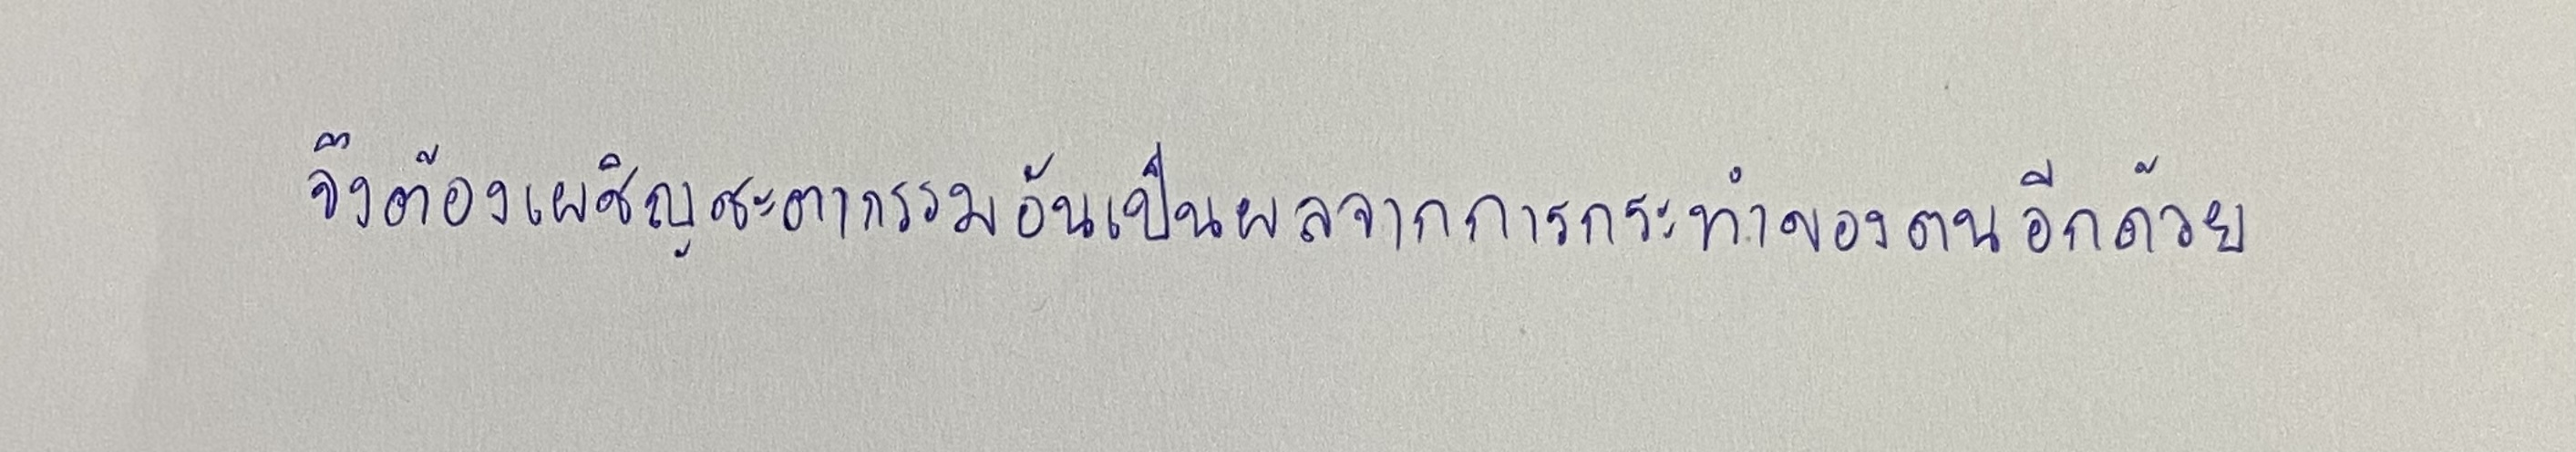
จึงต้องเผชิญชะตากรรมอันเป็นผลจากการกระทำของตนอีกด้วย